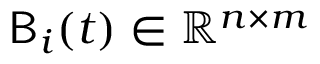
{ \sf B } _ { i } ( t ) \in \mathbb { R } ^ { n \times m }